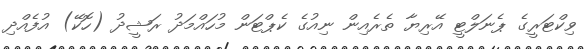
ވިކްޓަރީގެ ޕެނަލްޓީ އޭރިޔާ ތެރެއިން ނިއުގެ ކެޕްޓަން މުހައްމަދު ރަޝީދު (ހޮކޭ) އުފެއްދި